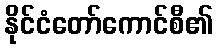
နိုင်ငံတော်ကောင်စီ၏